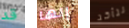
قد إنها نتأكد